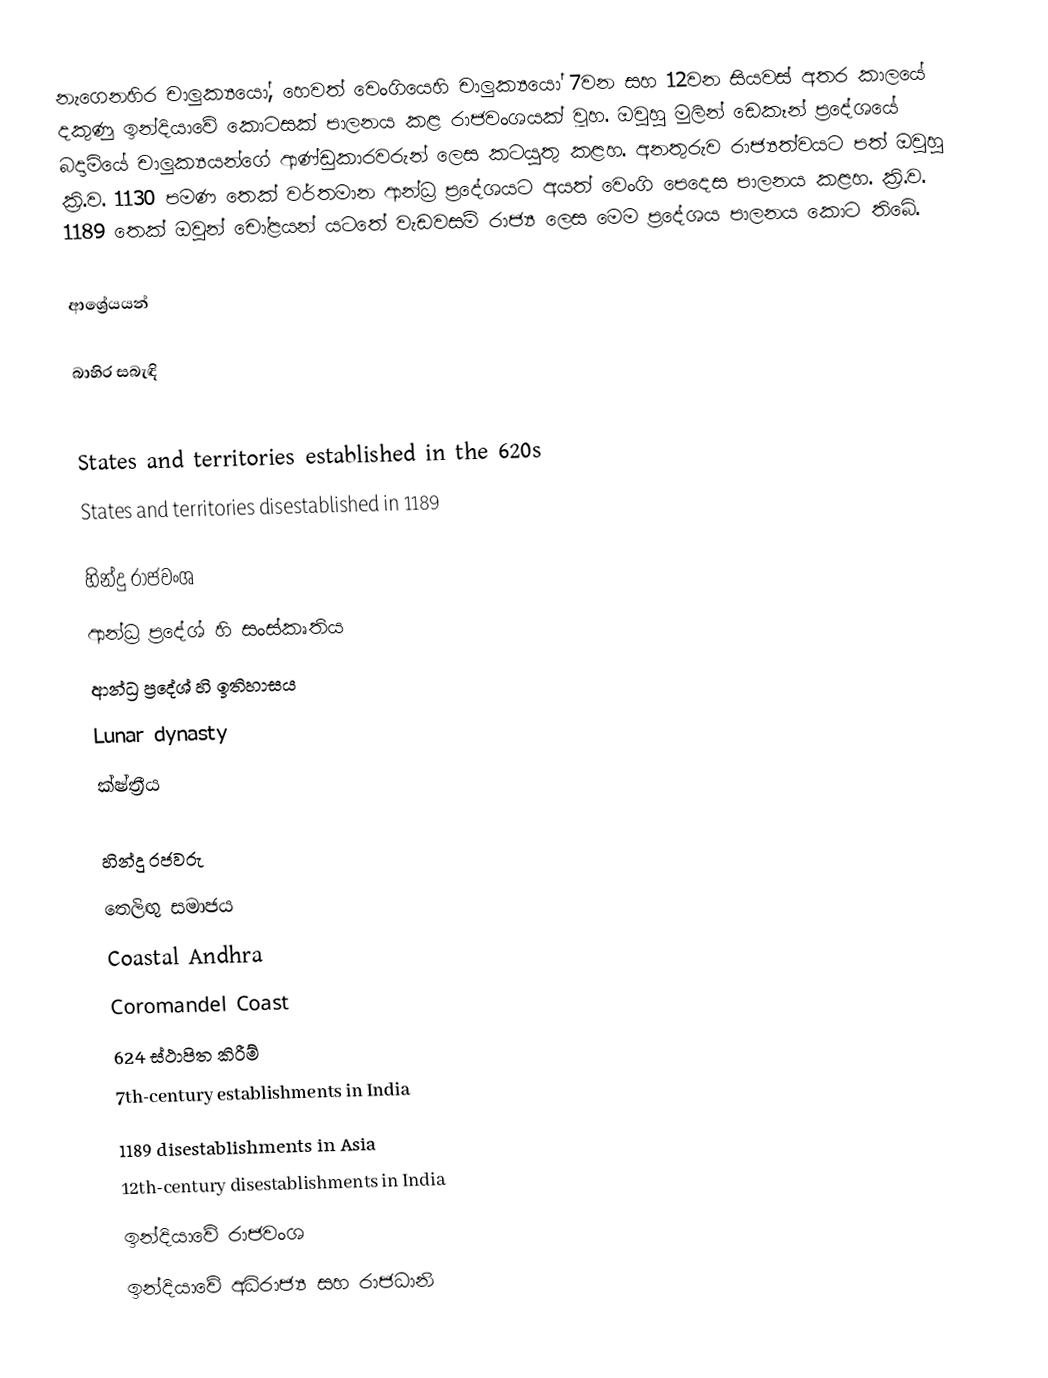
නැගෙනහිර චාලුක්‍යයෝ, හෙවත් වෙංගියෙහි චාලුක්‍යයෝ 7වන සහ 12වන සියවස් අතර කාලයේ දකුණු ඉන්දියාවේ කොටසක් පාලනය කළ රාජවංශයක් වූහ. ඔවුහු මුලින් ඩෙකෑන් ප්‍රදේශයේ බදාමියේ චාලුක්‍යයන්ගේ ආණ්ඩුකාරවරුන් ලෙස කටයුතු කළහ. අනතුරුව රාජ්‍යත්වයට පත් ඔවුහු ක්‍රි.ව. 1130 පමණ තෙක් වර්තමාන ආන්ධ්‍ර ප්‍රදේශයට අයත් වෙංගි පෙදෙස පාලනය කළහ. ක්‍රි.ව. 1189 තෙක් ඔවුන් චෝළයන් යටතේ වැඩවසම් රාජ්‍ය ලෙස මෙම ප්‍රදේශය පාලනය කොට තිබේ.

ආශ්‍රේයයන්

බාහිර සබැඳි

States and territories established in the 620s
States and territories disestablished in 1189

හින්දු රාජවංශ
ආන්ධ්‍ර ප්‍රදේශ් හි සංස්කෘතිය
ආන්ධ්‍ර ප්‍රදේශ් හි ඉතිහාසය
Lunar dynasty
ක්ෂ්ත්‍රීය

හින්දු රජවරු
තෙලිඟු සමාජය
Coastal Andhra
Coromandel Coast
624 ස්ථාපිත කිරීම්
7th-century establishments in India
1189 disestablishments in Asia
12th-century disestablishments in India
ඉන්දියාවේ රාජවංශ
ඉන්දියාවේ අධිරාජ්‍ය සහ රාජධානි